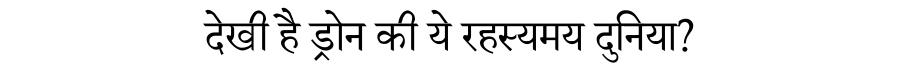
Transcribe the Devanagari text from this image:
देखी है ड्रोन की ये रहस्यमय दुनिया?